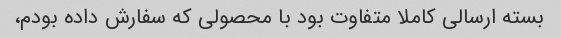
بسته ارسالی کاملا متفاوت بود با محصولی که سفارش داده بودم،